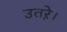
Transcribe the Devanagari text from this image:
उतऱे।